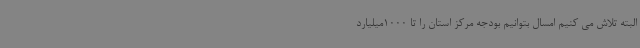
البته تلاش می کنیم امسال بتوانیم بودجه مرکز استان را تا 1000میلیارد